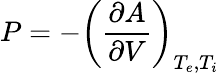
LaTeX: P=-\left(\frac{\partial A}{\partial V}\right)_{T_{e},T_{i}}